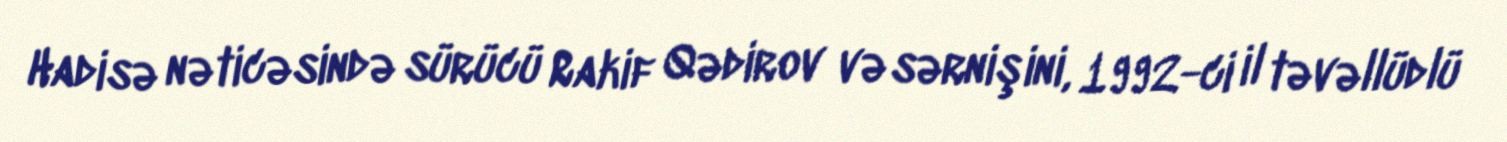
Hadisə nəticəsində sürücü Rakif Qədirov və sərnişini, 1992-ci il təvəllüdlü